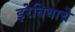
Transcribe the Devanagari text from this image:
इरेबियाचे